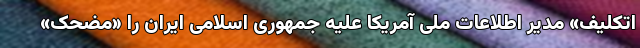
اتکلیف» مدیر اطلاعات ملی آمریکا علیه جمهوری اسلامی ایران را «مضحک»